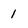
Character: 1